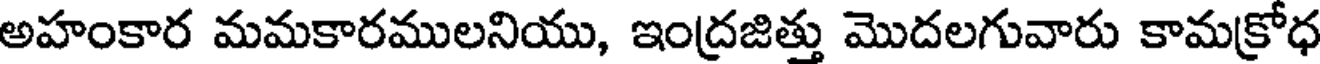
అహంకార మమకారములనియు, ఇంద్రజిత్తు మొదలగువారు కామక్రోధ